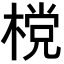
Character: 𣗋